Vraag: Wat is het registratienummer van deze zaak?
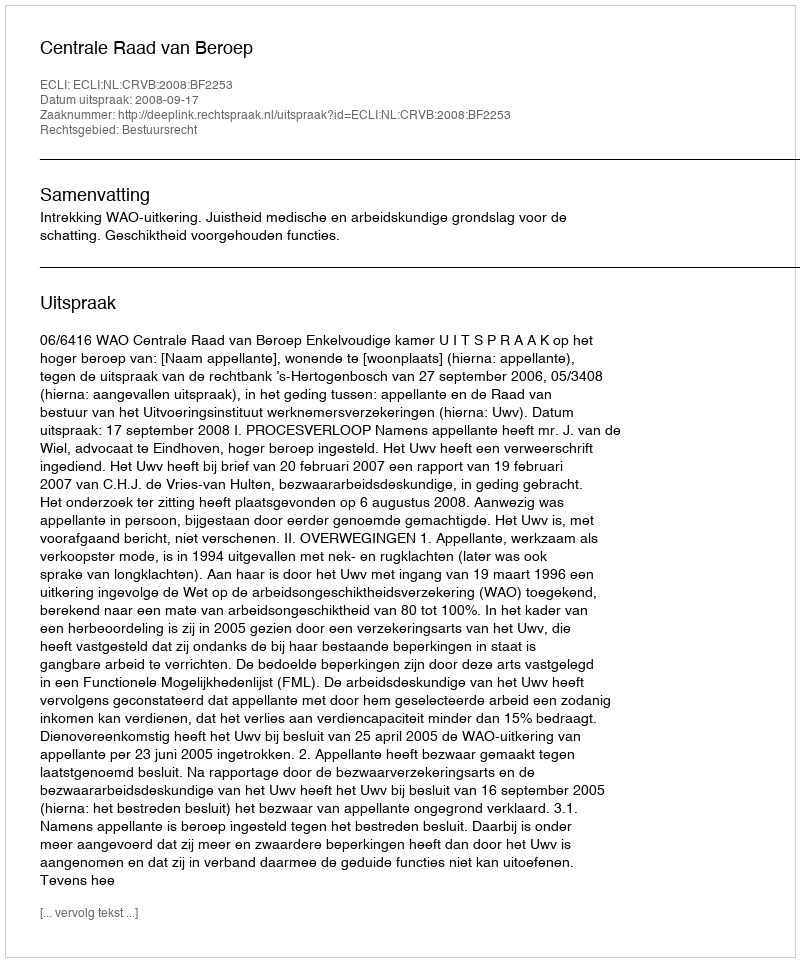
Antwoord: http://deeplink.rechtspraak.nl/uitspraak?id=ECLI:NL:CRVB:2008:BF2253